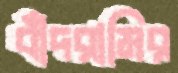
বাঁদরামির